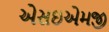
એસઇએમજી